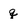
Character: q